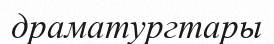
драматургтары